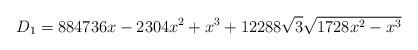
LaTeX: \begin{align*}D_1=884736 x-2304 x^2+x^3+12288 \sqrt{3} \sqrt{1728 x^2-x^3}\end{align*}